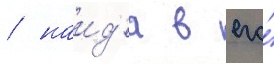
/ наид'я в его́